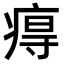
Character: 𤷙